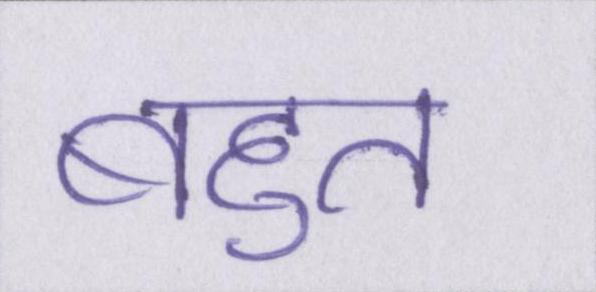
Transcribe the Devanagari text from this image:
बहुत